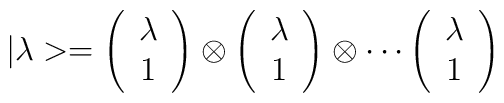
|\lambda> =           \left( \begin{array}{c}                       \lambda \\                       1                   \end{array} \right) \otimes           \left( \begin{array}{c}                       \lambda \\                       1                   \end{array} \right) \otimes  \cdots           \left( \begin{array}{c}                       \lambda \\                       1                   \end{array} \right)